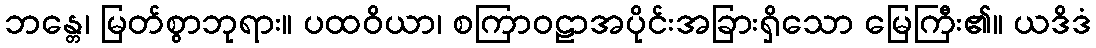
ဘန္တေ၊ မြတ်စွာဘုရား။ ပထဝိယာ၊ စကြာဝဠာအပိုင်းအခြားရှိသော မြေကြီး၏။ ယဒိဒံ